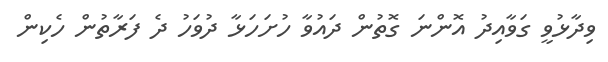
ވިދާޅުވީ ގަވާއިދު އޮންނަ ގޮތުން ދައުވާ ހުށަހަޅާ ދުވަހު ދެ ފަރާތުން ހެކިން